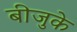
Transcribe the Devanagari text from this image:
बीजुके